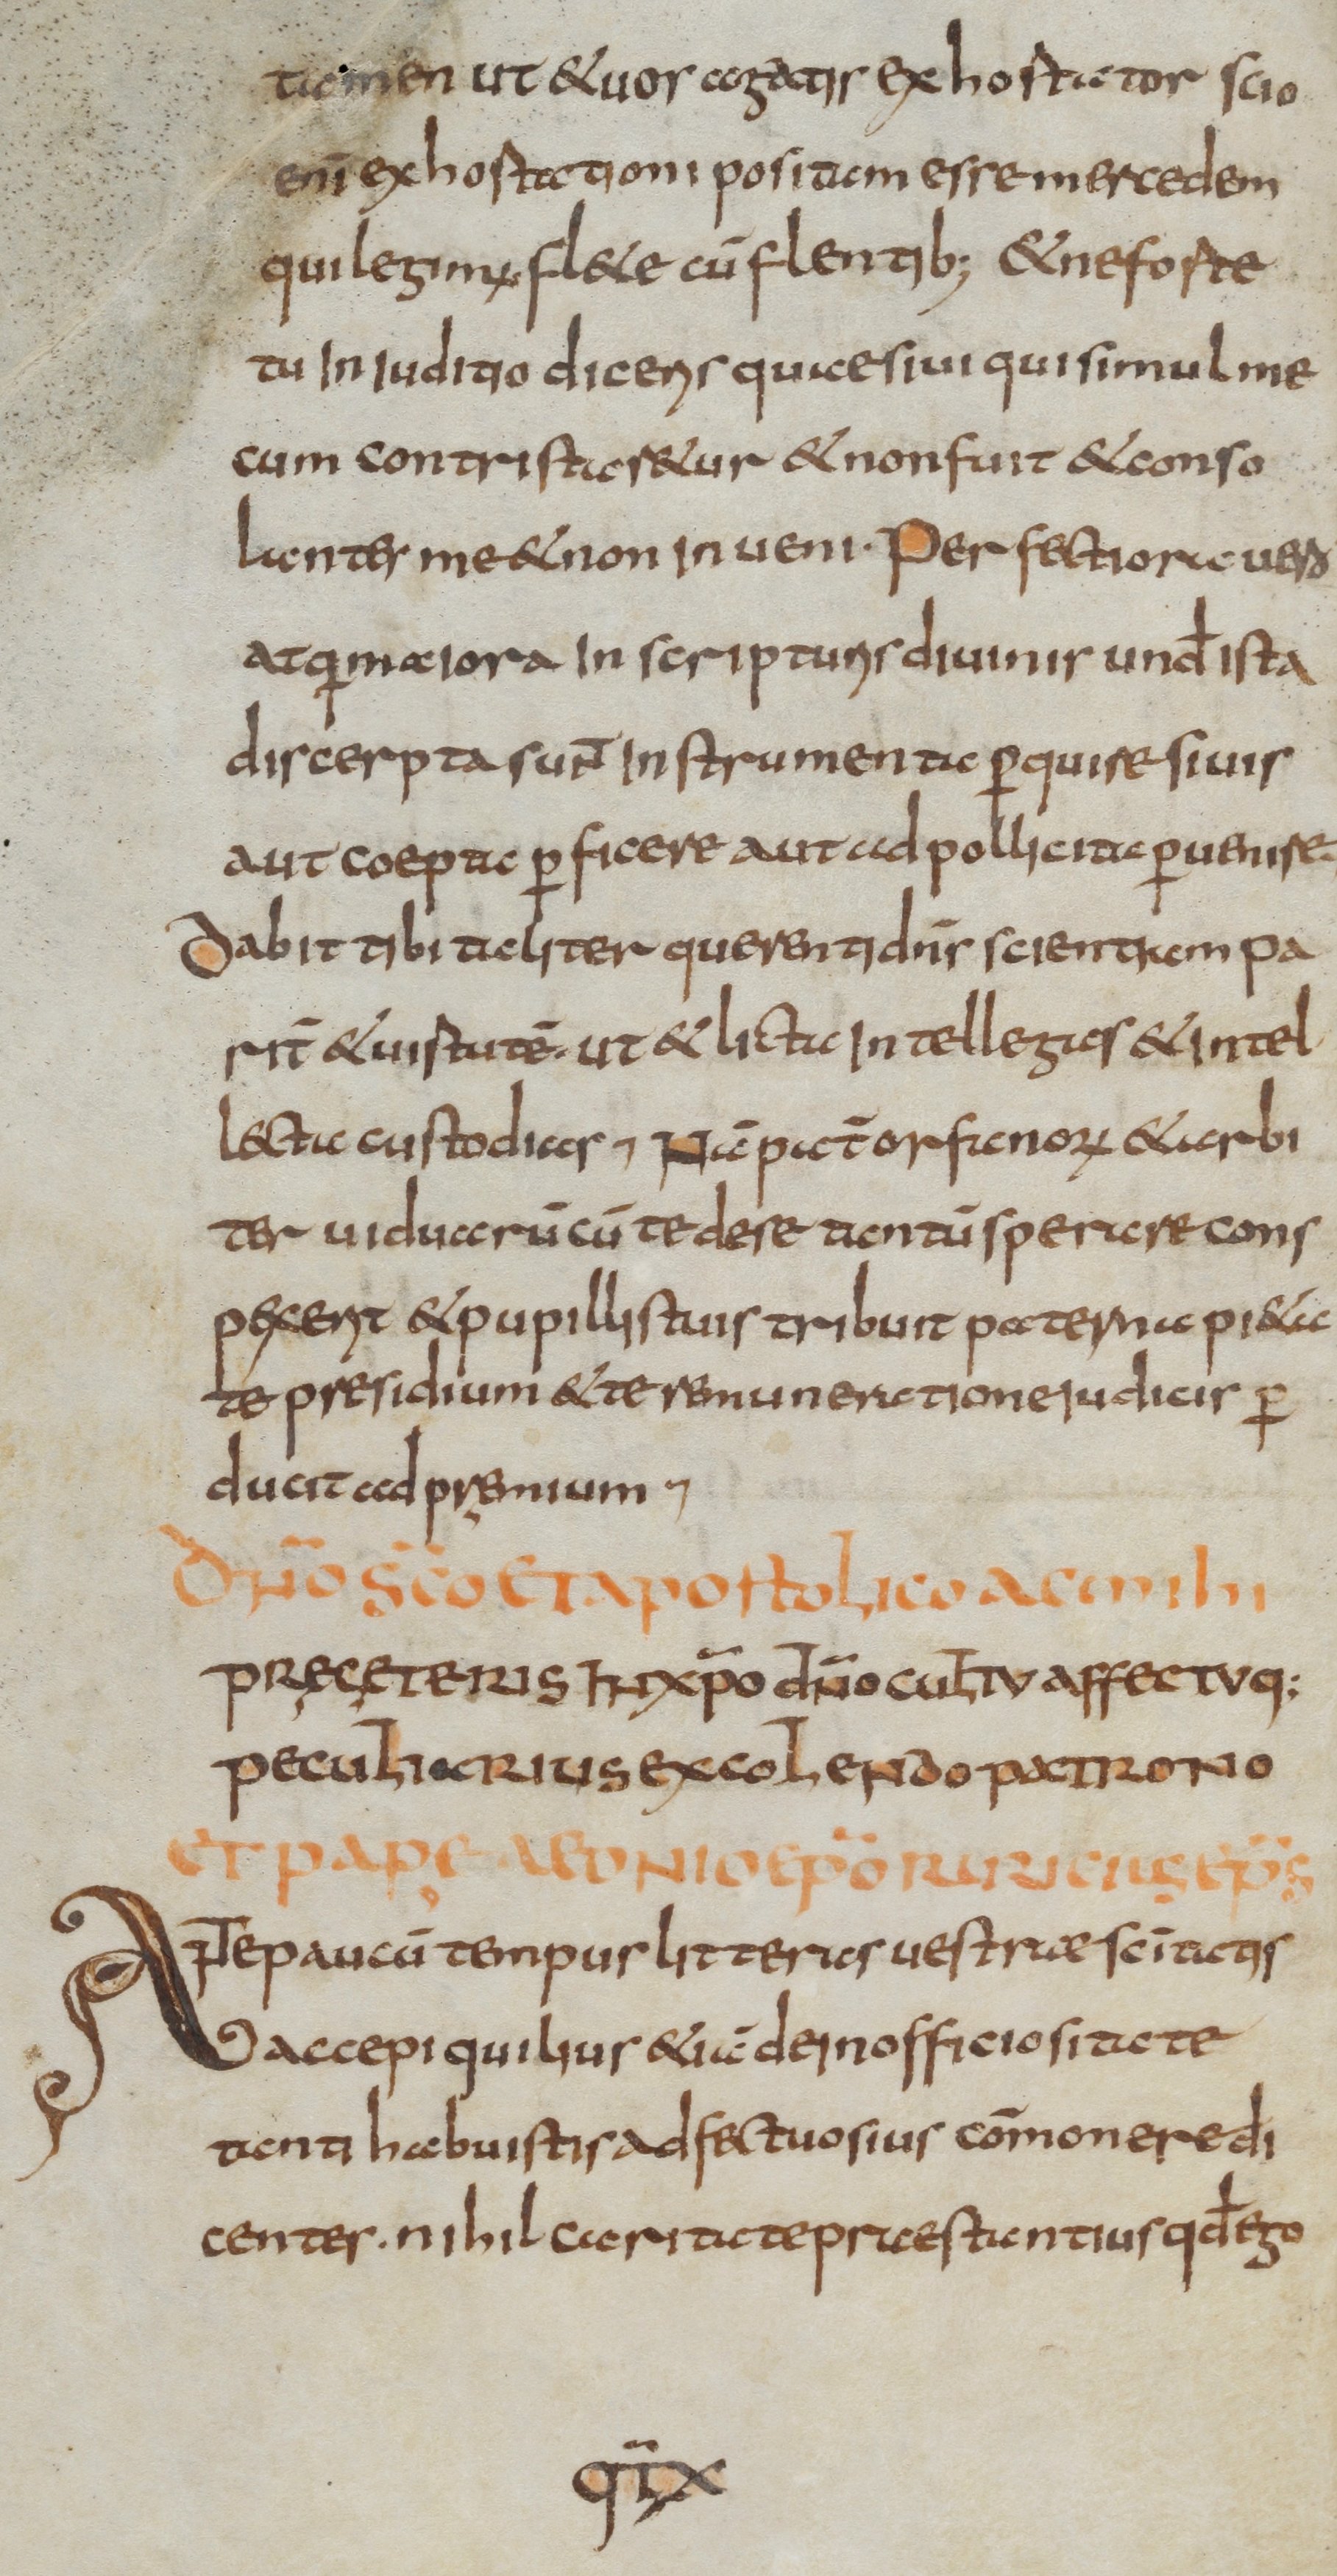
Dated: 800–899